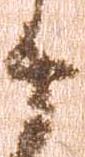
十